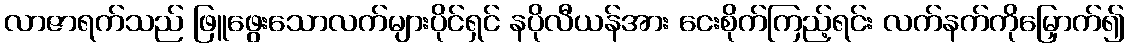
လာဇာရက်သည် ဖြူဖွေးသောလက်များပိုင်ရှင် နပိုလီယန်အား ငေးစိုက်ကြည့်ရင်း လက်နက်ကိုမြှောက်၍